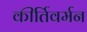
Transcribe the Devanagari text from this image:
कीर्तिवर्मन